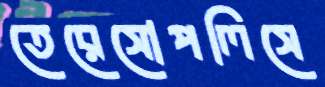
তেরেসোপলিসে